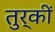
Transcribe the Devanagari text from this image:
तुर्कीं